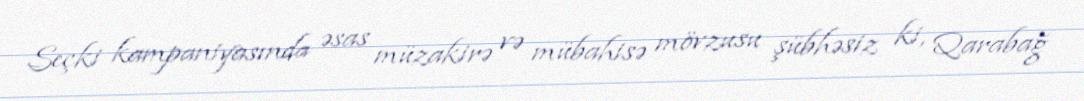
Seçki kampaniyasında əsas müzakirə və mübahisə mövzusu şübhəsiz ki, Qarabağ